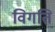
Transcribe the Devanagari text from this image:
विगति